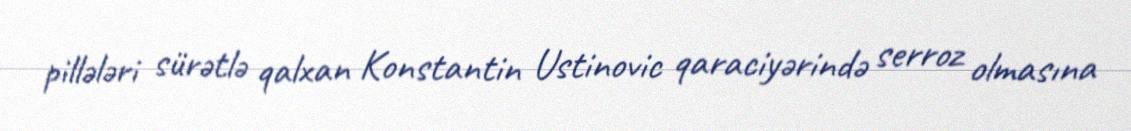
pillələri sürətlə qalxan Konstantin Ustinovic qaraciyərində serroz olmasına